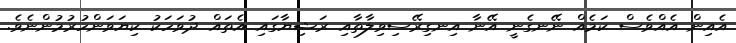
އެއިން އެއްވެސް ކަމެއް ނޭނގެނީ އޭނާ އިނގިރޭސިވިލާތާއި ރަޝިޔާގައި އެތައް ދުވަހަކު ކިޔަވަންހުރުމުންނެވެ.